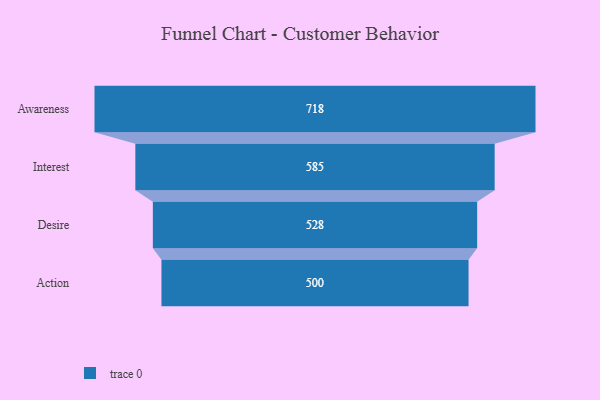
{"axis": {"x": "Stage", "y": "Value"}, "legend": [""], "data": [{"x": "Awareness", "y": 718.0, "type": ""}, {"x": "Interest", "y": 585.0, "type": ""}, {"x": "Desire", "y": 528.0, "type": ""}, {"x": "Action", "y": 500, "type": ""}]}